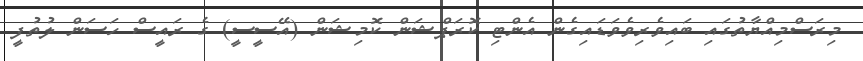
މިރަސްމިއްޔާތުގައި ބައިވެރިވެވަޑައިގެން އެންޓި ކޮރަޕްޝަން ކޮމިޝަން (އޭސީސީ) ގެ ރައީސް ހަސަން ލުތުފީ